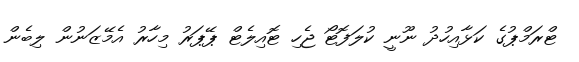
ޓްރަމްޕުގެ ކަޅާއިހުދު ނޫނީ ކުލަފޮޓޯ ޖެހި ޓޮއިލެޓް ޕޭޕަރު މިހާރު އެމޭޒަނުން ލިބެން